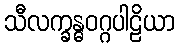
သီလက္ခန္ဓဝဂ္ဂပါဠိယာ